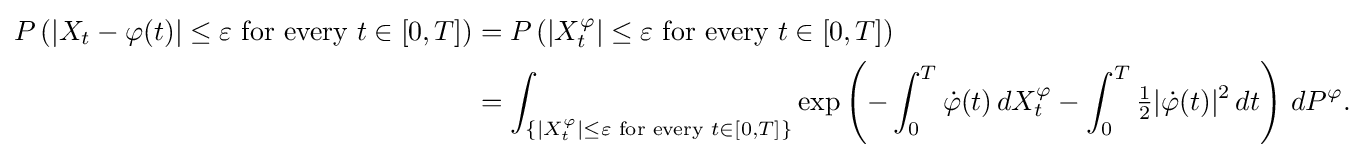
{\begin{aligned}P\left(\left|X_{t}-\varphi (t)\right|\leq \varepsilon {\text{ for every }}t\in [0,T]\right)&=P\left(\left|X_{t}^{\varphi }\right|\leq \varepsilon {\text{ for every }}t\in [0,T]\right)\\&=\int _{\left\{\left|X_{t}^{\varphi }\right|\leq \varepsilon {\text{ for every }}t\in [0,T]\right\}}\exp \left(-\int _{0}^{T}{\dot {\varphi }}(t)\,dX_{t}^{\varphi }-\int _{0}^{T}{\tfrac {1}{2}}|{\dot {\varphi }}(t)|^{2}\,dt\right)\,dP^{\varphi }.\end{aligned}}